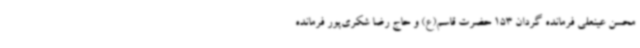
محسن عینعلی فرمانده گردان 153 حضرت قاسم(ع) و حاج رضا شکری‌پور فرمانده